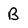
Character: B